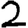
Digit: 2